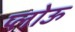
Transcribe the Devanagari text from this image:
प्लोऊ